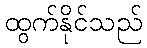
ထွက်နိုင်သည်